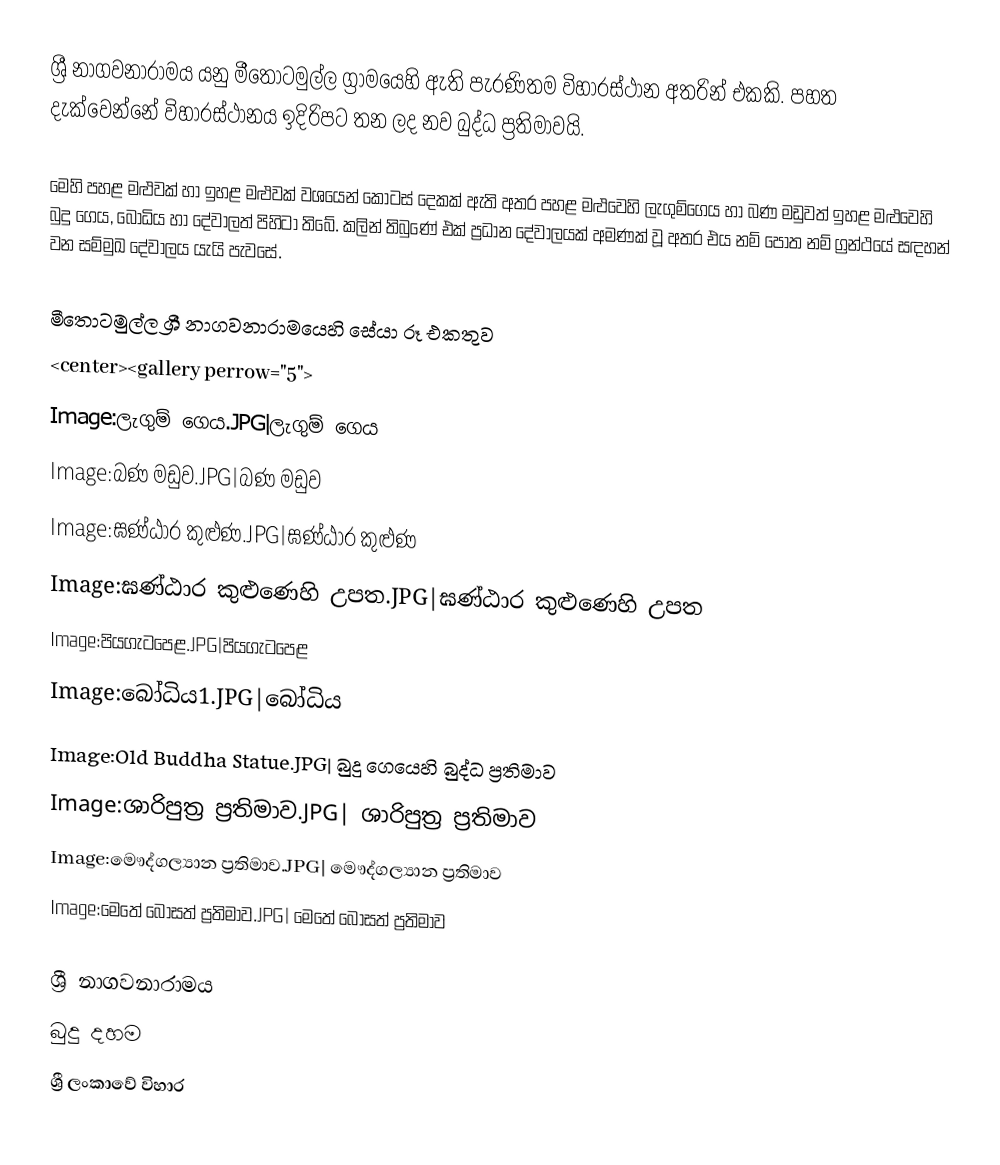
ශ්‍රී නාගවනාරාමය යනු මීතොටමුල්ල ග්‍රාමයෙහි ඇති පැරණිතම විහාරස්ථාන අතරින් එකකි. පහත දැක්වෙන්නේ විහාරස්ථානය ඉදිරිපට තන ලද නව බුද්ධ ප්‍රතිමාවයි.

මෙහි පහළ මළුවක් හා ඉහළ මළුවක් වශයෙන් කොටස් දෙකක් ඇති අතර පහළ මළුවෙහි ලැගුම්ගෙය හා බණ මඩුවත් ඉහළ මළුවෙහි බුදු ගෙය, බෝධිය හා දේවාලත් පිහිටා තිබේ. කලින් තිබුණේ එක් ප්‍රධාන දේවාලයක් අමණක් වූ අතර එය නම් පොත නම් ග්‍රන්ථයේ සඳහන් වන සම්මුඛ දේවාලය යැයි පැවසේ.

මීතොටමුල්ල ශ්‍රී නාගවනාරාමයෙහි සේයා රූ එකතුව
<center><gallery perrow="5">
Image:ලැගුම් ගෙය.JPG|ලැගුම් ගෙය
Image:බණ මඩුව.JPG|බණ මඩුව
Image:ඝණ්ඨාර කුළුණ.JPG|ඝණ්ඨාර කුළුණ
Image:ඝණ්ඨාර කුළුණෙහි උපත.JPG|ඝණ්ඨාර කුළුණෙහි උපත
Image:පියගැටපෙළ.JPG|පියගැටපෙළ
Image:බෝධිය1.JPG|බෝධිය
Image:Old Buddha Statue.JPG| බුදු ගෙයෙහි බුද්ධ ප්‍රතිමාව
Image:ශාරිපුත්‍ර ප්‍රතිමාව.JPG| ශාරිපුත්‍ර ප්‍රතිමාව
Image:මෞද්ගල්‍යාන ප්‍රතිමාව.JPG|  මෞද්ගල්‍යාන  ප්‍රතිමාව
Image:මෙතේ බෝසත් ප්‍රතිමාව.JPG| මෙතේ බෝසත්  ප්‍රතිමාව

ශ්‍රී නාගවනාරාමය
බුදු දහම
ශ්‍රී ලංකාවේ විහාර